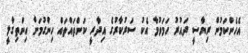
އެހެންކަމުން ރިޔާސީ ދައުރު ހަމަވުމާ އެކު ސަރުކާރުގެ އިދާރީ ކަންތައްތައް ހިންގުމަށް އިންތިގާލީ